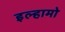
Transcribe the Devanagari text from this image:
इल्हामो